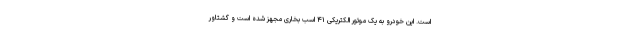
است. این خودرو به یک موتور الکتریکی ۴۱ اسب بخاری مجهز شده است و گشتاور